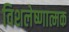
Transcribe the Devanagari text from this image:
विशलेष्णात्मक